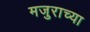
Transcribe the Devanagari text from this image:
मजुराच्या